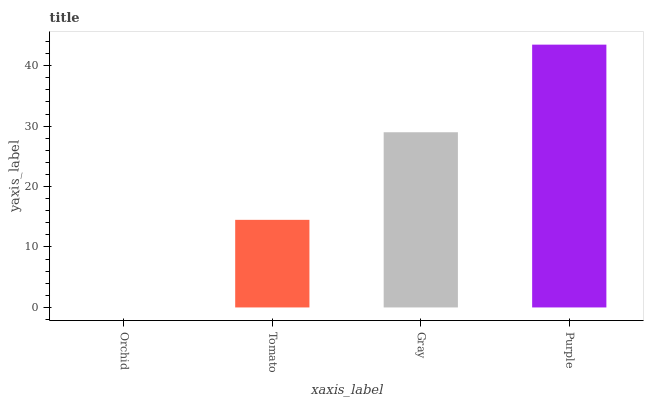
| xaxis_label | bars |
 | --- | --- |
 | Orchid | 0 |
 | Tomato | 14.5 |
 | Gray | 29 |
 | Purple | 43.5 |